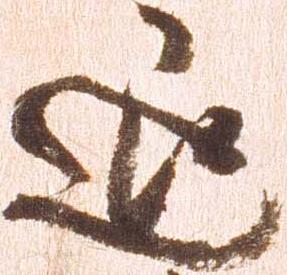
退